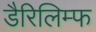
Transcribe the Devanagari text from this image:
डैरिलिम्फ